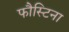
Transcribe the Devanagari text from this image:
फौस्टिना